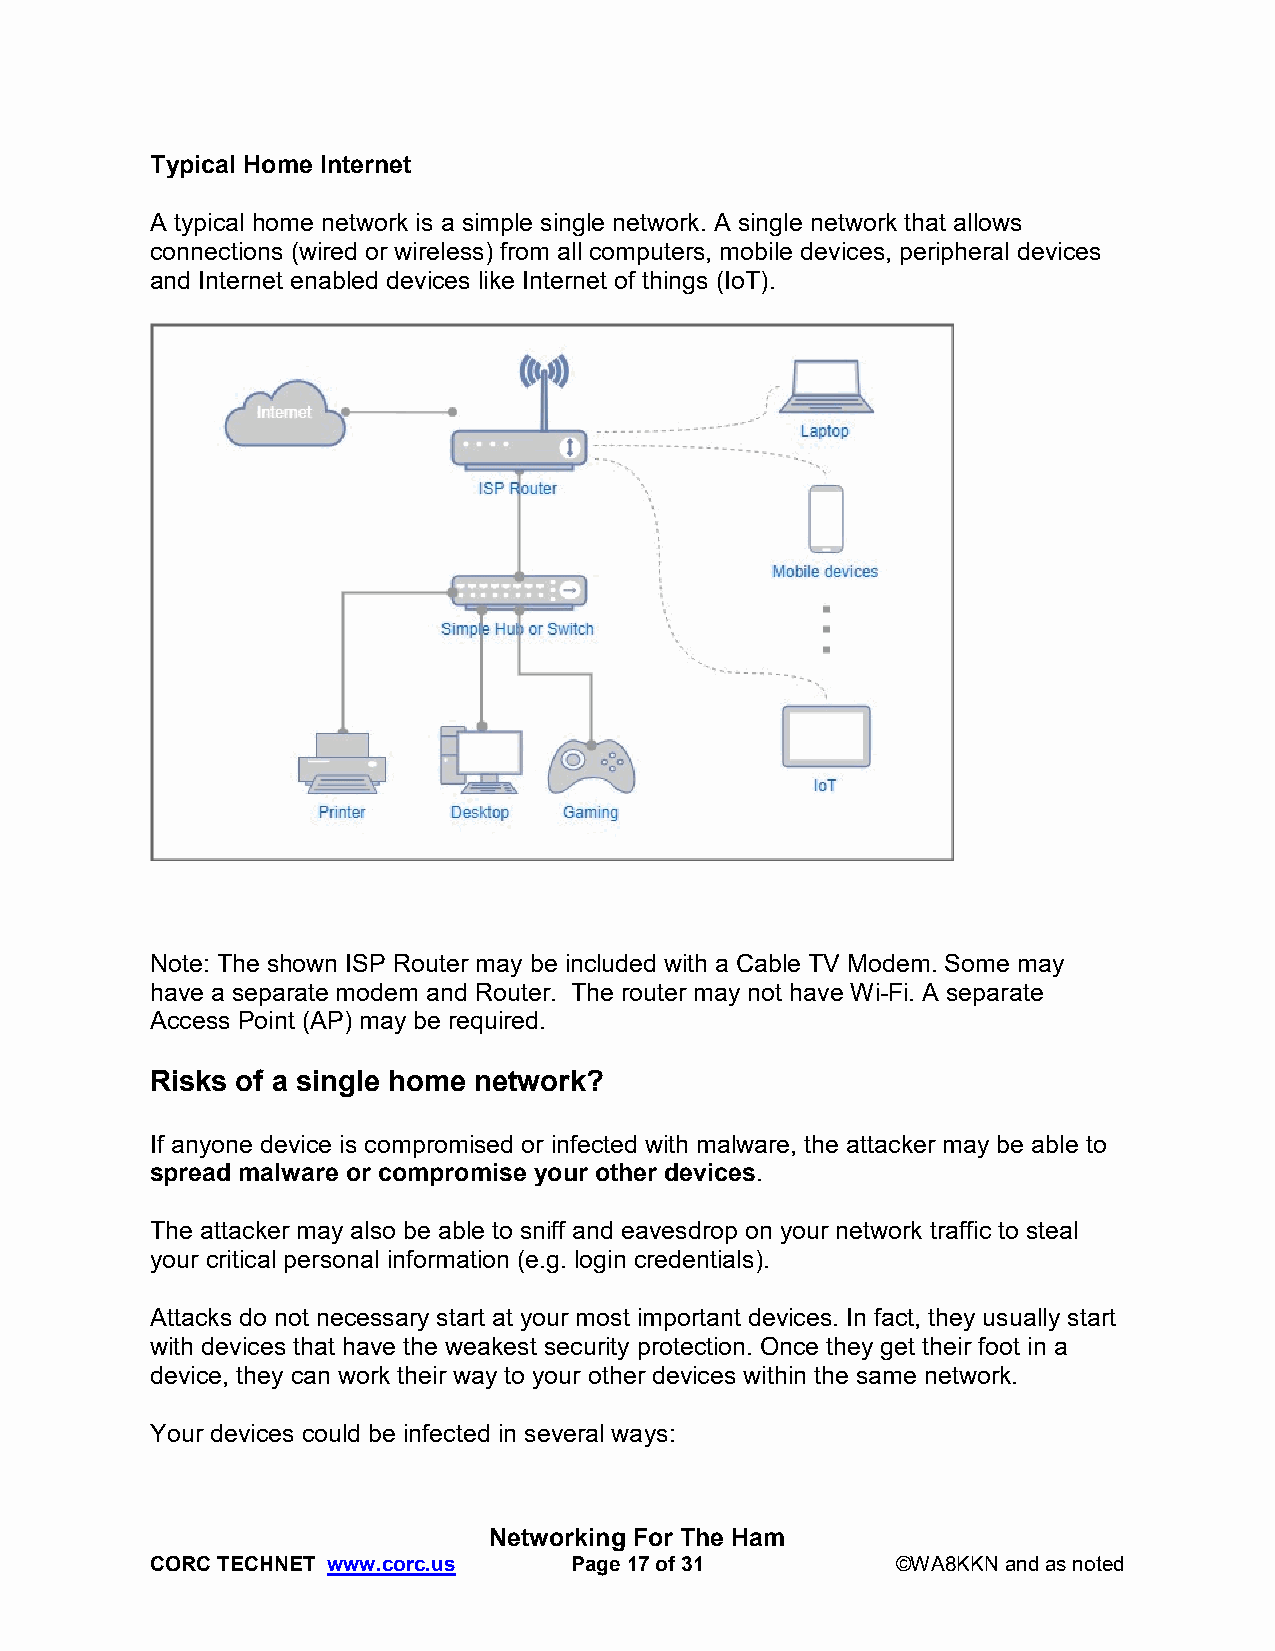
Typical Home Internet
 A typical home network is a simple single network. A single network that allows
 connections (wired or wireless) from all computers, mobile devices, peripheral devices
 and Internet enabled devices like Internet of things (IoT).
 Note: The shown ISP Router may be included with a Cable TV Modem. Some may
 have a separate modem and Router. The router may not have Wi-Fi. A separate
 Access Point (AP) may be required.
 Risks of a single home network?
 If anyone device is compromised or infected with malware, the attacker may be able to
 spread malware or compromise your other devices.
 The attacker may also be able to sniff and eavesdrop on your network traffic to steal
 your critical personal information (e.g. login credentials).
 Attacks do not necessary start at your most important devices. In fact, they usually start
 with devices that have the weakest security protection. Once they get their foot in a
 device, they can work their way to your other devices within the same network.
 Your devices could be infected in several ways:
 Networking For The Ham
 CORC TECHNET www.corc.us    Page 17 of 31        ©WA8KKN and as noted